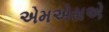
એમએસએ